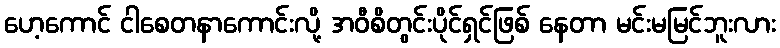
ဟေ့ကောင် ငါစေတနာကောင်းလို့ အဝီစိတွင်းပိုင်ရှင်ဖြစ် နေတာ မင်းမမြင်ဘူးလား